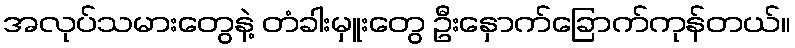
အလုပ်သမားတွေနဲ့ တံခါးမှူးတွေ ဦးနှောက်ခြောက်ကုန်တယ်။